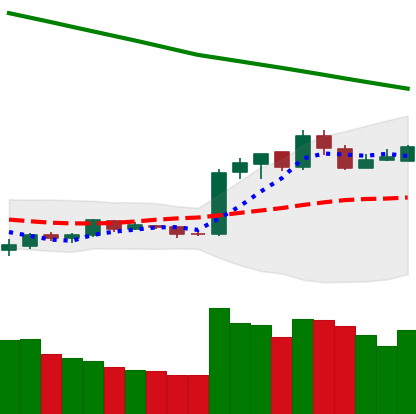
Ticker: EOS-USD
Chart end date: 2019-02-17
Forward return: 35.011%
Label: up_7plus